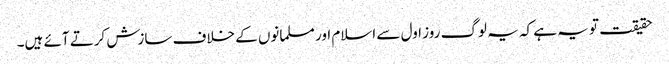
حقیقت تو یہ ہے کہ یہ لوگ روز اول سے اسلام اور مسلمانوں کے خلاف سازش کرتے آئے ہیں۔